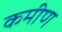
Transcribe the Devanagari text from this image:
कमीण